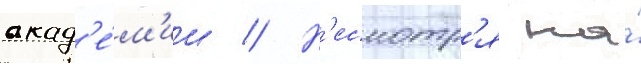
акад'е́м'ии // Н'есмотр'я на́